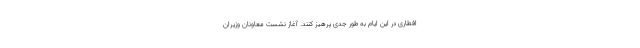
افطاری در این ایام به طور جدی پرهیز کنند. آغاز نشست معاونان وزیران